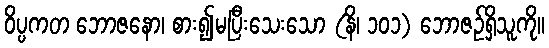
ဝိပ္ပကတ ဘောဇနော၊ စား၍မပြီးသေးသော (နိ၊ ၁၀၁) ဘောဇဉ်ရှိသူကို။